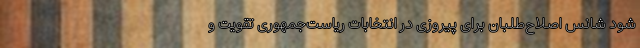
شود شانس اصلاح‌طلبان برای پیروزی در انتخابات ریاست‌جمهوری تقویت و